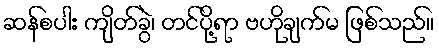
ဆန်စပါး ကျိတ်ခွဲ၊ တင်ပို့ရာ ဗဟိုချက်မ ဖြစ်သည်။